Report on inoculation in the plague infected areas of the Punjab and its dependencies from October 1900 to September 1901
Year: 1900
Disease focus: Plague
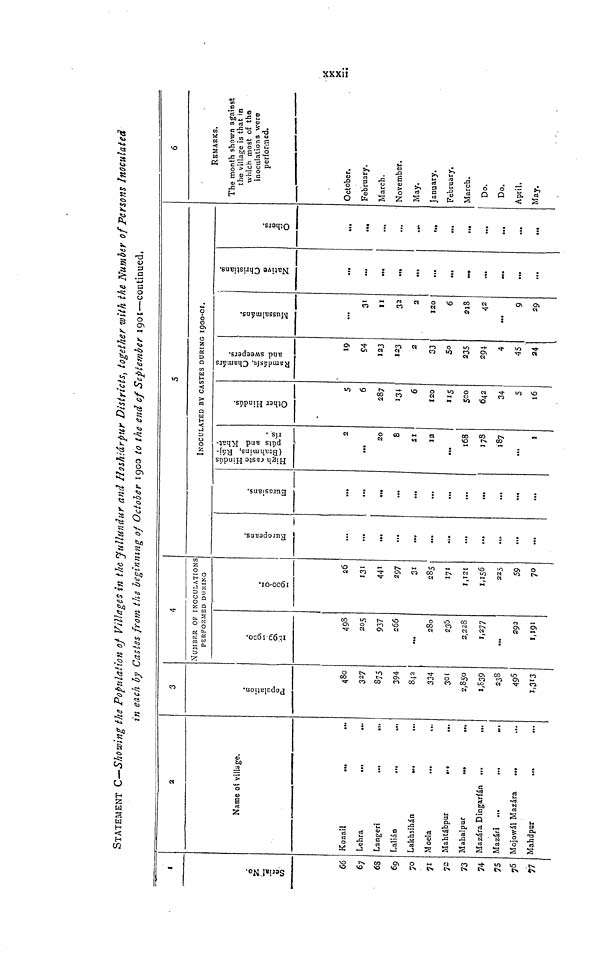
xxxii
STATEMENT C—Showing the Population of Villages in the Jullundur and Hoshiárpur Districts, together with the Number of Persons Inoculated
in each by Castes from the beginning of October 1900 to the end of September 1901—continued.
1
Serial No.
66
67
68
69
70
71
72
73
74
75
76
77
2
Name of village.
Konail
Lehra
...
...
Langen
...
.,.
Lailán
Lakhsihán
Moela
Mahtábpur
Mahalpur
Mazára Dingaríán ...
.
Mazarí
Mojowál Mazára
...
...
Mahdpur
3
Population.
480
327
S75
394
842
334
301
2.850
1,839
238
496
1,313
4
NUMBER OF INOCULATIONS
PERFORMED DURING
1899-1900.
205
937
266
...
280
236
2,228
1,277
...
292
1,191
1900-01.
26
131
441
297
31
285
171
1,121
225
59
70
5
Europeans.
...
...
...
...
...
...
...
...
Eurasians.
...
...
...
...
...
...
...
...
...
...
...
INOCULATED BY CASTES DURING 1900-01.
High Cast Hindús
(Brahmins, Ráj-púts,and K h at
-rís).
2
...
20
8
21
12
168
178
187
...
1
Other Hindús.
5
6
287
134
6
120
115
500
642
34
5
16
Ramdásí Chamárs
and sweepers.
19
54
123
123
2
33
50
235
294
4
4$
24
Mussalmáns.
31
11
32
2
120
6
218
...
9
29
Native Christians.
...
•••
•••
...
...
...
».
...
...
...
Others.
«M
...
...
•••
...
• ••
• «.
...
...
...
6
REMARKS.
The month shown against
the village is that in
which most of the
inoculations were
performed.
October.
February.
March.
November.
May.
January.
February.
March.
Do.
Do.
April.
May.